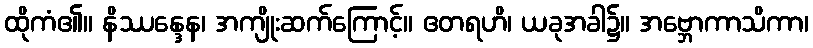
ထိုကံ၏။ နိဿန္ဒေန၊ အကျိုးဆက်ကြောင့်။ ဧတရဟိ၊ ယခုအခါ၌။ အဗ္ဘောကာသိကာ၊